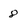
Character: 8